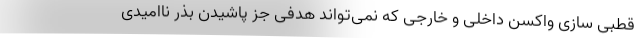
قطبی سازی واکسن داخلی و خارجی که نمی‌تواند هدفی جز پاشیدن بذر ناامیدی